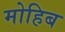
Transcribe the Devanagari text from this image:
मोहिब